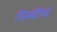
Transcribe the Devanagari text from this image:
चिमटियां